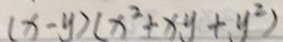
( x - y ) ( x ^ { 2 } + x y + y ^ { 2 } )